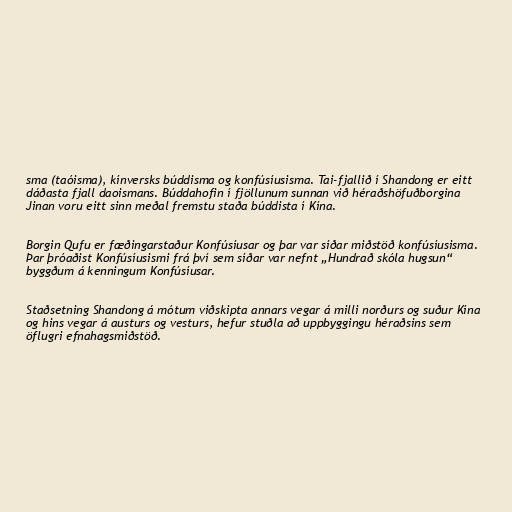
sma (taóisma), kínversks búddisma og konfúsíusisma. Tai-fjallið í Shandong er eitt
dáðasta fjall daoismans. Búddahofin í fjöllunum sunnan við héraðshöfuðborgina
Jinan voru eitt sinn meðal fremstu staða búddista í Kína.

Borgin Qufu er fæðingarstaður Konfúsíusar og þar var síðar miðstöð konfúsíusisma.
Þar þróaðist Konfúsíusismi frá því sem síðar var nefnt „Hundrað skóla hugsun“
byggðum á kenningum Konfúsíusar.

Staðsetning Shandong á mótum viðskipta annars vegar á milli norðurs og suður Kína
og hins vegar á austurs og vesturs, hefur stuðla að uppbyggingu héraðsins sem
öflugri efnahagsmiðstöð.